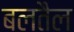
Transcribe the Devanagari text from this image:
बलतैल